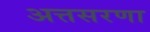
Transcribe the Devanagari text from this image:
अत्तसरणा